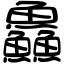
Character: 鱻